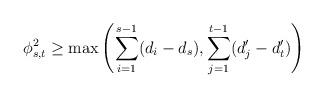
LaTeX: \begin{align*}\phi^{2}_{s,t} \geq \max \left( \sum_{i=1}^{s-1}(d_{i}-d_{s}), \sum_{j=1}^{t-1}(d'_{j}-d'_{t}) \right)\end{align*}